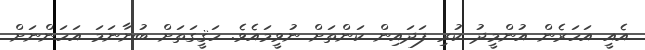
އެއީ އަހަރެން އުންމީދު ކުރި ފަދައިން ކަންތަށް ނުވީމައެވެ. ހަޤީގަތަށް ބުނާނަމަ އަހަންނަށް